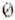
0